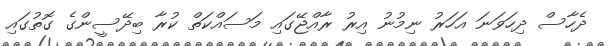
ދެހާސް ދިހަވަނަ އަހަރު ނިމުނު އިރު ރާއްޖޭގައި މަސައްކަތް ކުރާ ބިދޭސީންގެ ގޮތުގައި